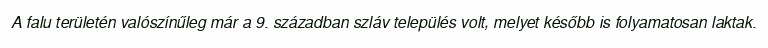
A falu területén valószínűleg már a 9. században szláv település volt, melyet később is folyamatosan laktak.